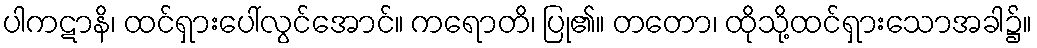
ပါကဋာနိ၊ ထင်ရှားပေါ်လွင်အောင်။ ကရောတိ၊ ပြု၏။ တတော၊ ထိုသို့ထင်ရှားသောအခါ၌။